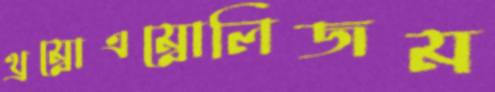
থ্রম্বোএম্বোলিজম